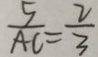
\frac { 5 } { A C } = \frac { 2 } { 3 }